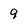
Character: 9